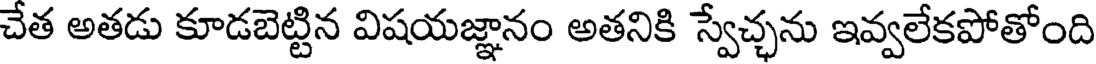
చేత అతడు కూడబెట్టిన విషయజ్ఞానం అతనికి స్వేచ్ఛను ఇవ్వలేకపోతోంది